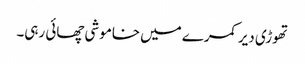
تھوڑی دیر کمرے میں خاموشی چھائی رہی۔